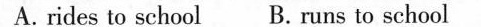
A.rides to school B. runs to school